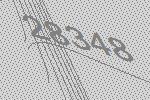
28348